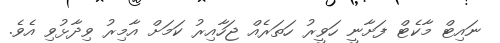
ނައިޓް މާކެޓް ފަށާނީ ހަވީރު ހަތަރެއް ޖަހާއިރު ކަމަށް އާމިރު ވިދާޅުވި އެވެ.